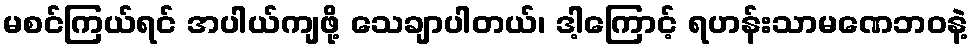
မစင်ကြယ်ရင် အပါယ်ကျဖို့ သေချာပါတယ်၊ ဒါ့ကြောင့် ရဟန်းသာမဏေဘဝနဲ့